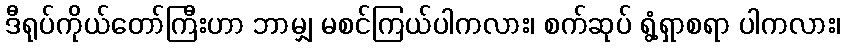
ဒီရုပ်ကိုယ်တော်ကြီးဟာ ဘာမျှ မစင်ကြယ်ပါကလား၊ စက်ဆုပ် ရွံ့ရှာစရာ ပါကလား၊